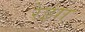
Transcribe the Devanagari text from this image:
रेझा